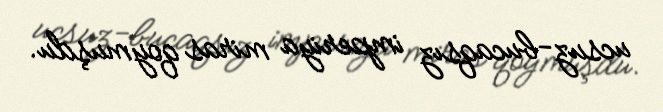
ucsuz-bucaqsız imperiya miras qoymuşdu.